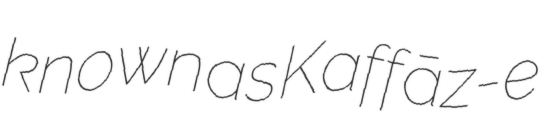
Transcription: known as Kaffāz-e